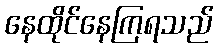
နေထိုင်နေကြရသည်